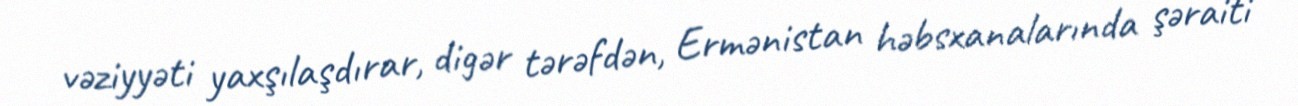
vəziyyəti yaxşılaşdırar, digər tərəfdən, Ermənistan həbsxanalarında şəraiti